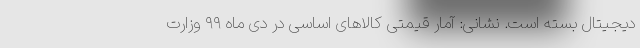
دیجیتال بسته است. نشانی: آمار قیمتی کالاهای اساسی در دی ماه ۹۹ وزارت